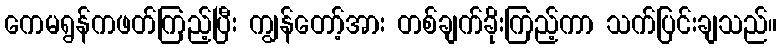
ကေမရွန်ကဖတ်ကြည့်ပြီး ကျွန်တော့်အား တစ်ချက်ခိုးကြည့်ကာ သက်ပြင်းချသည်။